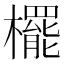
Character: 𣞻